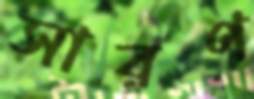
সারণ